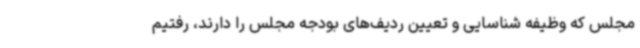
مجلس که وظیفه شناسایی و تعیین ردیف‌های بودجه مجلس را دارند، رفتیم